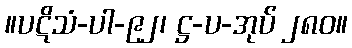
။ပဋိသံ-ပါ-၉၂၊ ဋ္ဌ-ပ-အုပ် ၂၈၀။